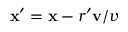
\mathbf { x } ^ { \prime } = \mathbf { x } - r ^ { \prime } \mathbf { v } / v